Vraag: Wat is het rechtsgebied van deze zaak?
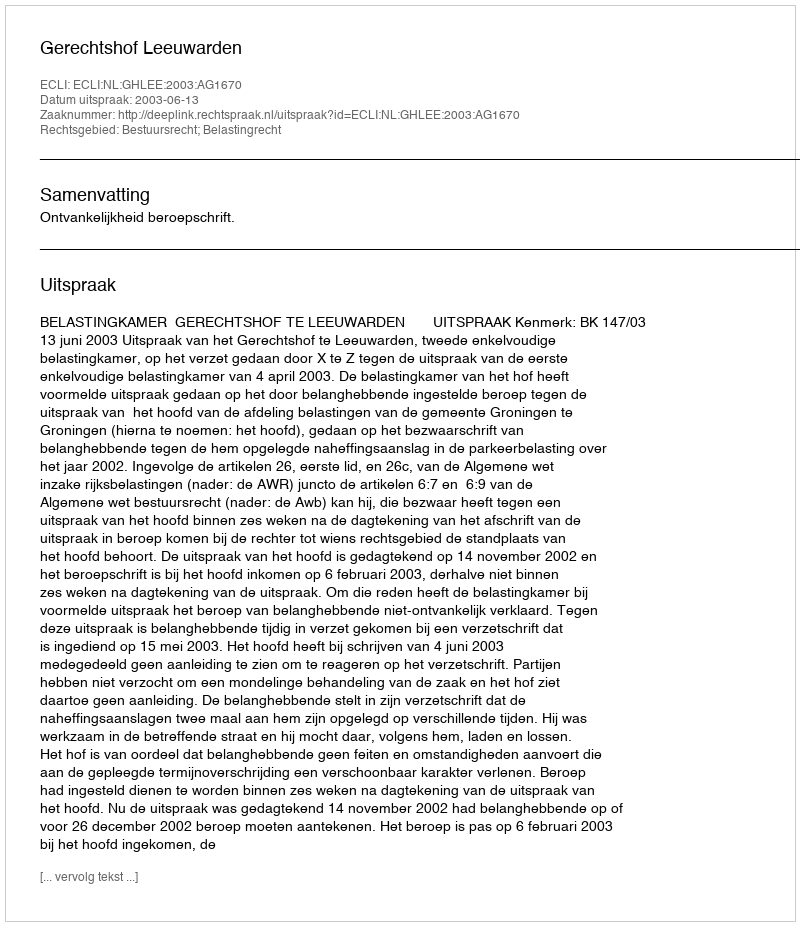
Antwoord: Bestuursrecht; Belastingrecht